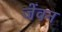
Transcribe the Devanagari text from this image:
जेंवन